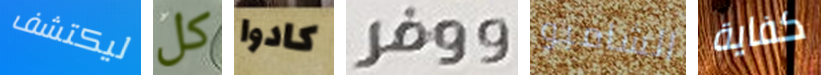
ليكتشف كل كادوا ووفر الشامبو كفاية